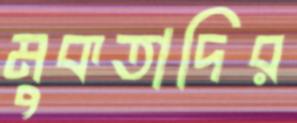
মুকতাদির